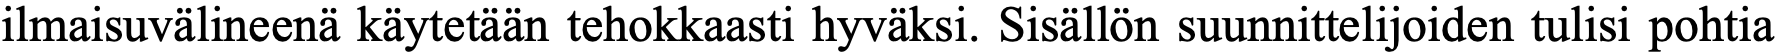
ilmaisuvälineenä käytetään tehokkaasti hyväksi. Sisällön suunnittelijoiden tulisi pohtia